Lunatic asylums United Prov. 1922-30 - 1922-1930
Year: 1922
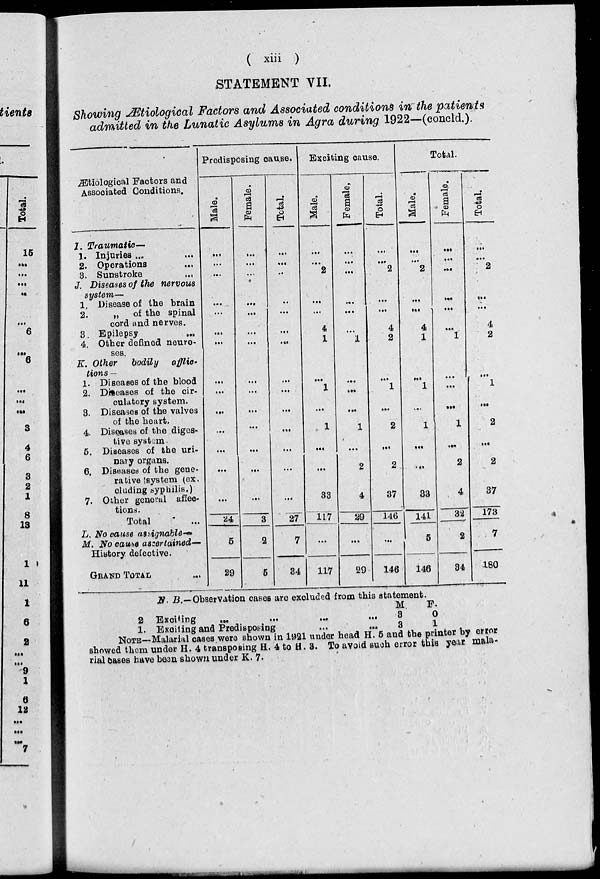
( xiii )
STATEMENT VII.
Showing Ætiological Factors and Associated conditions in the patients
admitted in the Lunatic Asylums in Agra during 1922—(concld.)
Ætiological Factors and
Associated Conditions.
I. Traumatic ––
1. Injuries ...
2. Operations
3. Sunstroke
...
J. Diseases of the nervous
system—
1. Disease of the brain
2.
„ of the spinal
cord and nerves.
3. Epilepsy ...
4. Other defined neuro-
ses.
K. Other bodily afflic-
lions —
1. Diseases of the blood
2. Diseases of the cir-
culatory system.
3. Diseases of the valves
of the heart.
4. Diseases of the diges-
tive system
5. Diseases of the uri-
nary organs.
6. Diseased of the gene-
rative system (ex.
cluding syphilis.)
7. Other general affec-
tions.
Total
L. No cause assignable—
M. No cause ascertained—
History defective.
GRAND TOTAL ...
Predisposing cause.
Mal e.
...
...
...
...
...
...
...
...
...
...
...
...
...
...
...
24
5
29
Fe ma l
e .
...
...
...
...
...
...
...
...
...
...
...
...
...
...
...
3
2
5
Total.
...
...
...
...
...
...
...
...
...
...
...
...
...
...
...
27
7
84
Exciting cause.
Mal e.
...
2
...
...
4
1
...
1
1
...
...
33
117
...
117
Female.
...
...
...
...
...
...
1
...
...
...
1
...
2
4
29
...
29
Total.
...
...
2
...
...
4
2
...
1
...
2
...
2
37
146
...
146
Total.
Mal e.
...
...
2
...
...
4
1
...
1
...
1
...
...
33
141
5
146
Female.
...
...
...
...
...
...
1
...
...
...
1
...
2
4
32
2
34
Total.
...
...
2
...
...
4
2
...
1
...
2
...
2
37
173
7
180
N. B.—Observation cases are excluded from this statement.
2
1.
Exciting
... ... ... ...
Exciting and Predisposing ... ...
M.
3
3
F.
0
1
NOTE—Malarial cases were shown in 1921 under head H. 5 and the printer by error
showed them under H. 4 transposing H. 4 to H. 3. To avoid such error this year mala-
rial cases have been shown under K. 7.